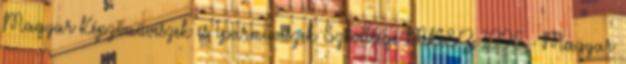
Magyar Képzőművészek és Iparművészek Szövetsége MKISZ 1996 - Magyar